Medical and sanitary report of the native army of Bengal for the year
Year: 1874
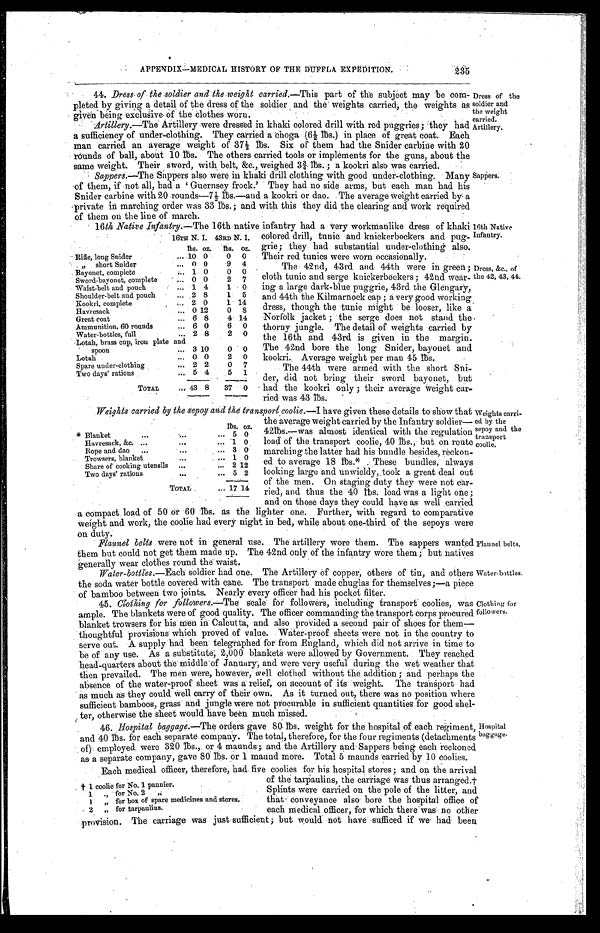
Dress of the
; soldier and
the weight
carried.
Artillery.
.6th Native
Infantry.
Dress, &c., of
he 42, 43, 44.
Weights carri-
ed by the
sepoy and the
transport
coolie.
Flannel belts.
Water-bottles.
APPENDIX—MEDICAL HISTORY OF THE DUFFLA EXPEDITION.
235
44. Dress, of the soldier and the weight carried. —This part of the subject may be corn
pleted by giving a detail of the dress of the soldier and the weights carried, the weights as
given being exclusive of the clothes worn.
Artillery.—The Artillery were dressed in khaki colored drill with red puggries; they had
a s u f f i c i e n c y o f u n d e r - c l o t h i n g . T h e y c a r r i e d a c h o g a ( 6 ½ l b s . )
i n p l a c e o f g r e a t c o a t . E a c h
man carried an average weight of 37½ lbs. Six of them had the Snider carbine with 20
rounds of ball, about 10 lbs. The others carried tools or implements for the guns, about the
same weight. Their sword, with belt, &c., weighed 3¾ lbs.; a kookri also was carried.
Sappers.—The Sappers also were in khaki drill clothing with good under-clothing. Many
of them, if not all, bad a 'Guernsey frock.' They had no side arms, but each man had hie
Sni der carbi ne wi t h 20 rounds—7½ l bs. —and a kookri or dao. The average Wei ght carri ed by a
pri vate i n marchi ng order was 33 l bs. ; and wi th thi s they di d the cl eari ng and work requi red
of them on the line of march.
Sappers.
160th Native Infantry.—The 16th native infantry had a very workmanlike dress of khaki
16T
colored drill; tunic and knickerbockers and pug-
grie; they had substantial under-clothing also.
Their red tunics were worn 1o c c a s i o n a l l y .
The 42nd, 43rd and 44th were in green;
cloth tunic and serge knickerbockers; 42nd wear-
ing a large dark-blue puggrie, 43rd the Glengary,
and 44th the Kilmarnock cap; a very good Working
dress, though the tunic might be looser, like a
Norfolk jacket; the serge does not stand the
thorny jungle. The detail of weights carried by
the 16th and 43rd is given in the margin.
The 42nd bore the long Snider, bayonet and
kookri. Average weight per man 45 lbs.
The 44th were armed with the short Sni-
der, did not bring their sword bayonet, but
had the kookri only; their average weight car-
ried was 43 lbs.
Weights carried by the sepoy and the transport coolie. —I have given these details to show that
the average weight carried by the Infantry soldier
—421bs.—was almost identical with the regulation
load of the transport coolie, 40 lbs., but on route
marching the latter had his bundle besides, reckon-
ed ' to average 18 lbs. * These bundles, always
looking large and unwieldy, .took a great deal out
of the men. On staging duty they were not car-
ried, and thus the 40 lbs. load was a light one;
and on those days they could have as well carried
•
.
a compact. load of 50 or 60 lbs. as the lighter one. Further, with regard to comparative
weight and work, the coolie had every night in bed, while about one-third of the sepoys were on duty.
lbs. oz. lbs. oz.
Rifle, long Snider
1 0 0
0 0
" short Snider
0 0
9 4
Bayonet, complete
1 0
0 0
Sword-bayonet, complete
0 0
2 7
Waist-belt and pouch
1 4
1 0
Shoulder-belt and pouch
2
8
1 5
Kookri, complete
2 0
1 14
Havresack
0 12
0
8
Great coat
6 8
4 14
Ammunition, 60 rounds
6 0
6 0
Water-bottles, full
2 8
2 0
Lotah, brass cup, iron plate
and spoon
3 10
0 0
Lotah
0 0
2 0
Spare under-clothing
2 2
0 7
Two days' rations
5 4
5 1
TOTAL
43 8
37 0
lbs. oz.
* Blanket
5 0
Havresack, &c.
1 0
Rope and dao
3 0
Trowsers, blanket
1 0
Share of cooking utensils
2 12
Two days' rations
5 2
T O T A L
1 7
14
Flannel belts were not in general use. The artillery wore them. The sappers wanted
them but could not get them made up. The 42nd only of the infantry wore them; but natives
generally wear clothes round the waist.
Water-bottles.—Each soldier had one. The Artillery of copper, others of tin, and others
the soda, water bottle covered with cane. The transport made chuglas for themselves;—a piece
of bamboo between two joints. Nearly every officer had his pocket filter.
Clothing for
followers.
45. C l o t h i n g f o r f o l l o w e r s
.
—
T h es
c a l e f o r f o l l o w e r s , i n c l u d i n g t r a n s p o r t c o o l i e s , w a s
ample. The blankets were of good quality. The officer commanding the transport corps procured
blanket trowsers for his men in Calcutta, and also provided a second pair of shoes for them—
thoughtful provisions which proved of value. Water-proof sheets were not in the country to
serve out. A supply had been telegraphed for from England, which did not arrive in time to
be of any use. As a substitute; 2,000 blankets were allowed by Government. They reached
h e a d - q u a r t e r s a b o u t t h e m i d d l e o f J a n u a r y , a n d w e r e v e r y u s e f u l d u r i n g t h e w e t w e a t h e r t h a t
then prevailed. The men were, however, well clothed without the addition; and perhaps the
absence of the water-proof sheet was a relief, on account of its weight. The transport had
as much as they could well carry of their own. As it turned out, there was no position where
sufficient bamboos, grass and jungle were not procurable in sufficient quantities for good shel
- t e r . o t h e r w i s e t h e s h e e t w o u l d h a v e b e e n m u c h m i s s e d .
46. Hospital baggage. —The orders gave 80. lbs. weight for the hospital of each regiment,
and 40 lbs. for each separate company. The total, therefore, for the four regiments (detachments
of). employed were 320 lbs., or 4 maunds; and the Artillery and Sappers being each reckoned
as a separate company, gave 80 lbs. or 1 maund more. Total 5 maunds carried by 10 coolies.
Each medical officer, therefore, had. five coolies for his hospital stores; and on the arrival
of the tarpaulins, the carriage was thus arranged.†
Splints were carried on the pole of the litter, and
that conveyance also bore the hospital office of
each medical officer, for which there was no other
provision. The' carriage was just sufficient; but would not have sufficed if we had been
† coolie for No. 1 pannier.
1 " for No. 2 "
1 " for box of spare medicines and stores.
2 " for tarpaulius.
Hospital
baggage.